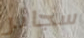
سجائر